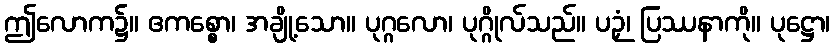
ဤလောက၌။ ဧကစ္စော၊ အချို့သော။ ပုဂ္ဂလော၊ ပုဂ္ဂိုလ်သည်။ ပဉှံ၊ ပြဿနာကို။ ပုဋ္ဌော၊